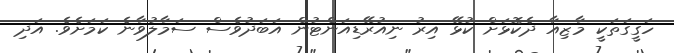
ހަގީގަތަކީ މާޒިއާ ދެކޮޅަށް ކުޅޭ އިރު ނިއުރޭޑިއަންޓުން އަބަދުވެސް ސަމާލުވާނެ ކަމަށެވެ. އަދި